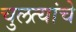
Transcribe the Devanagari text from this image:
चुलत्यांचे